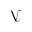
\mathcal { N }